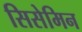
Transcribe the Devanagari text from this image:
सिसेमिन